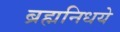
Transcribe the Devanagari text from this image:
ब्रह्मनिधये